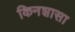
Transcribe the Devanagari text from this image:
किनशासा